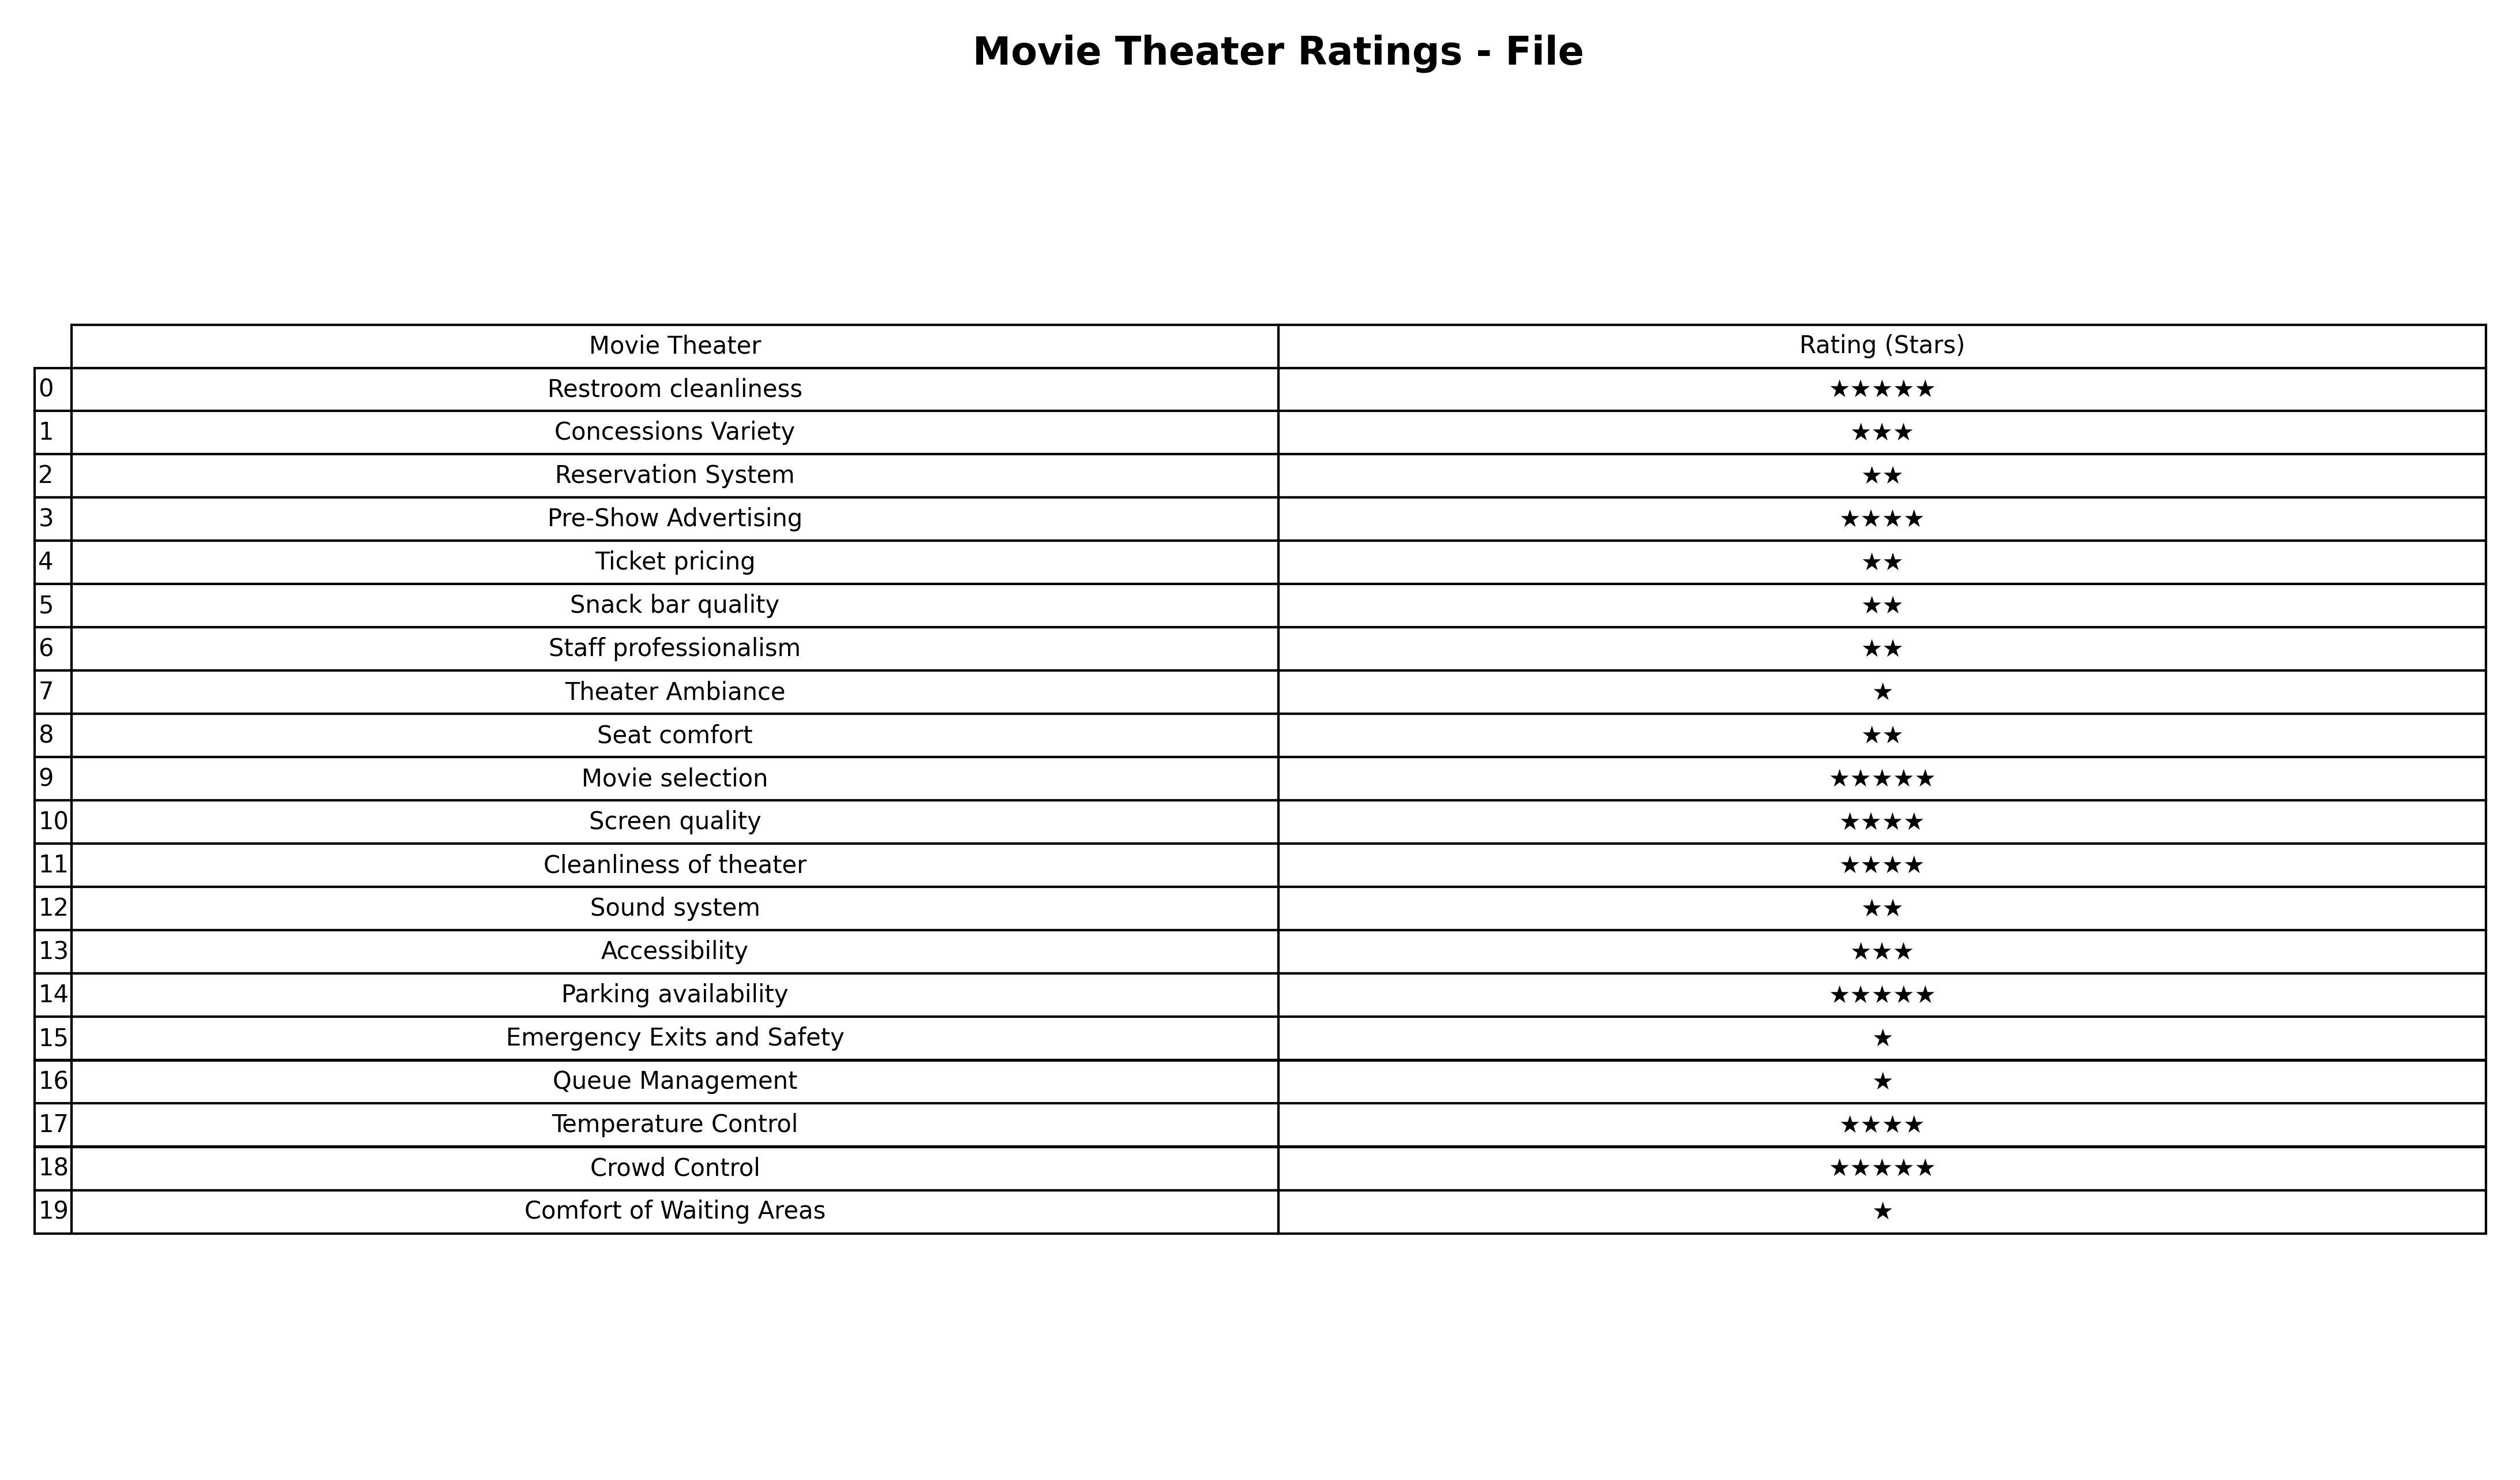
question: What are lowest rating services?
answer: Concessions VarietyAccessibility